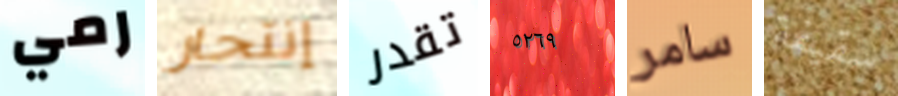
رمي إنتحار تقدر ٥٢٦٩ سامر سقيفة